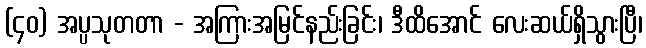
(၄၀) အပ္ပသုတတာ - အကြားအမြင်နည်းခြင်း၊ ဒီထိအောင် လေးဆယ်ရှိသွားပြီ၊